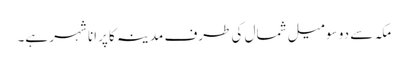
مکہ سے دو سو میل شمال کی طرف مدینہ کا پرانا شہر ہے۔